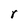
Character: r